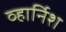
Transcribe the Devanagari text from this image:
व्हार्निश